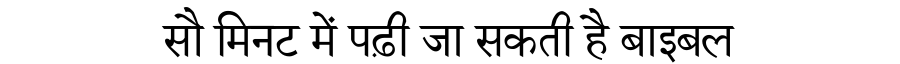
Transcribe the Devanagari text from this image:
सौ मिनट में पढ़ी जा सकती है बाइबल